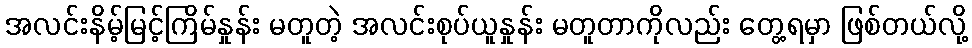
အလင်းနိမ့်မြင့်ကြိမ်နှုန်း မတူတဲ့ အလင်းစုပ်ယူနှုန်း မတူတာကိုလည်း တွေ့ရမှာ ဖြစ်တယ်လို့